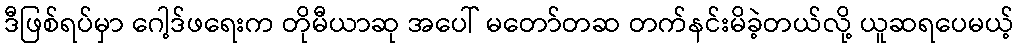
ဒီဖြစ်ရပ်မှာ ဂေါ့ဒ်ဖရေးက တိုမီယာဆု အပေါ် မတော်တဆ တက်နင်းမိခဲ့တယ်လို့ ယူဆရပေမယ့်